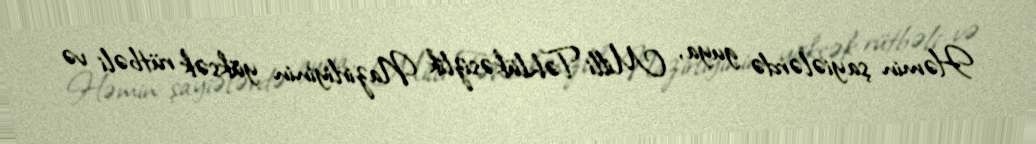
Həmin şayiələrdə guya, Milli Təhlükəsizlik Nazirliyinin yüksək rütbəli və